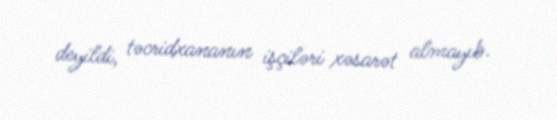
deyildi, təcridxananın işçiləri xəsarət almayıb.